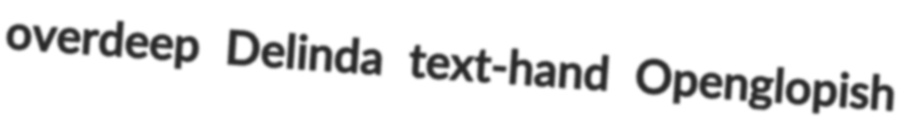
overdeep Delinda text-hand Openglopish